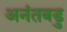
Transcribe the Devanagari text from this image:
अनंतबडु